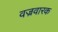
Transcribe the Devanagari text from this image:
वज्रवारक